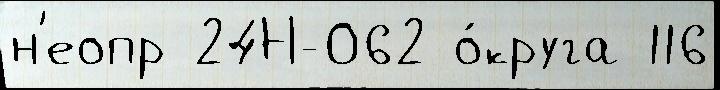
н'еопр 24Н-062 о́круга 116